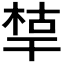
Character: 𰏪